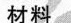
材料